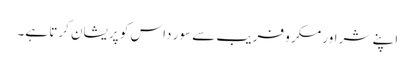
اپنے شر اور مکر و فریب سے سور داس کو پریشان کرتا ہے۔